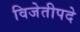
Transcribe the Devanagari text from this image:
विजेतीपदे